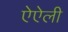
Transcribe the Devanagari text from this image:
ऐऐली